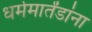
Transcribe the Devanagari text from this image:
धर्ममार्तंडांना